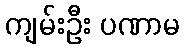
ကျမ်းဦး ပဏာမ